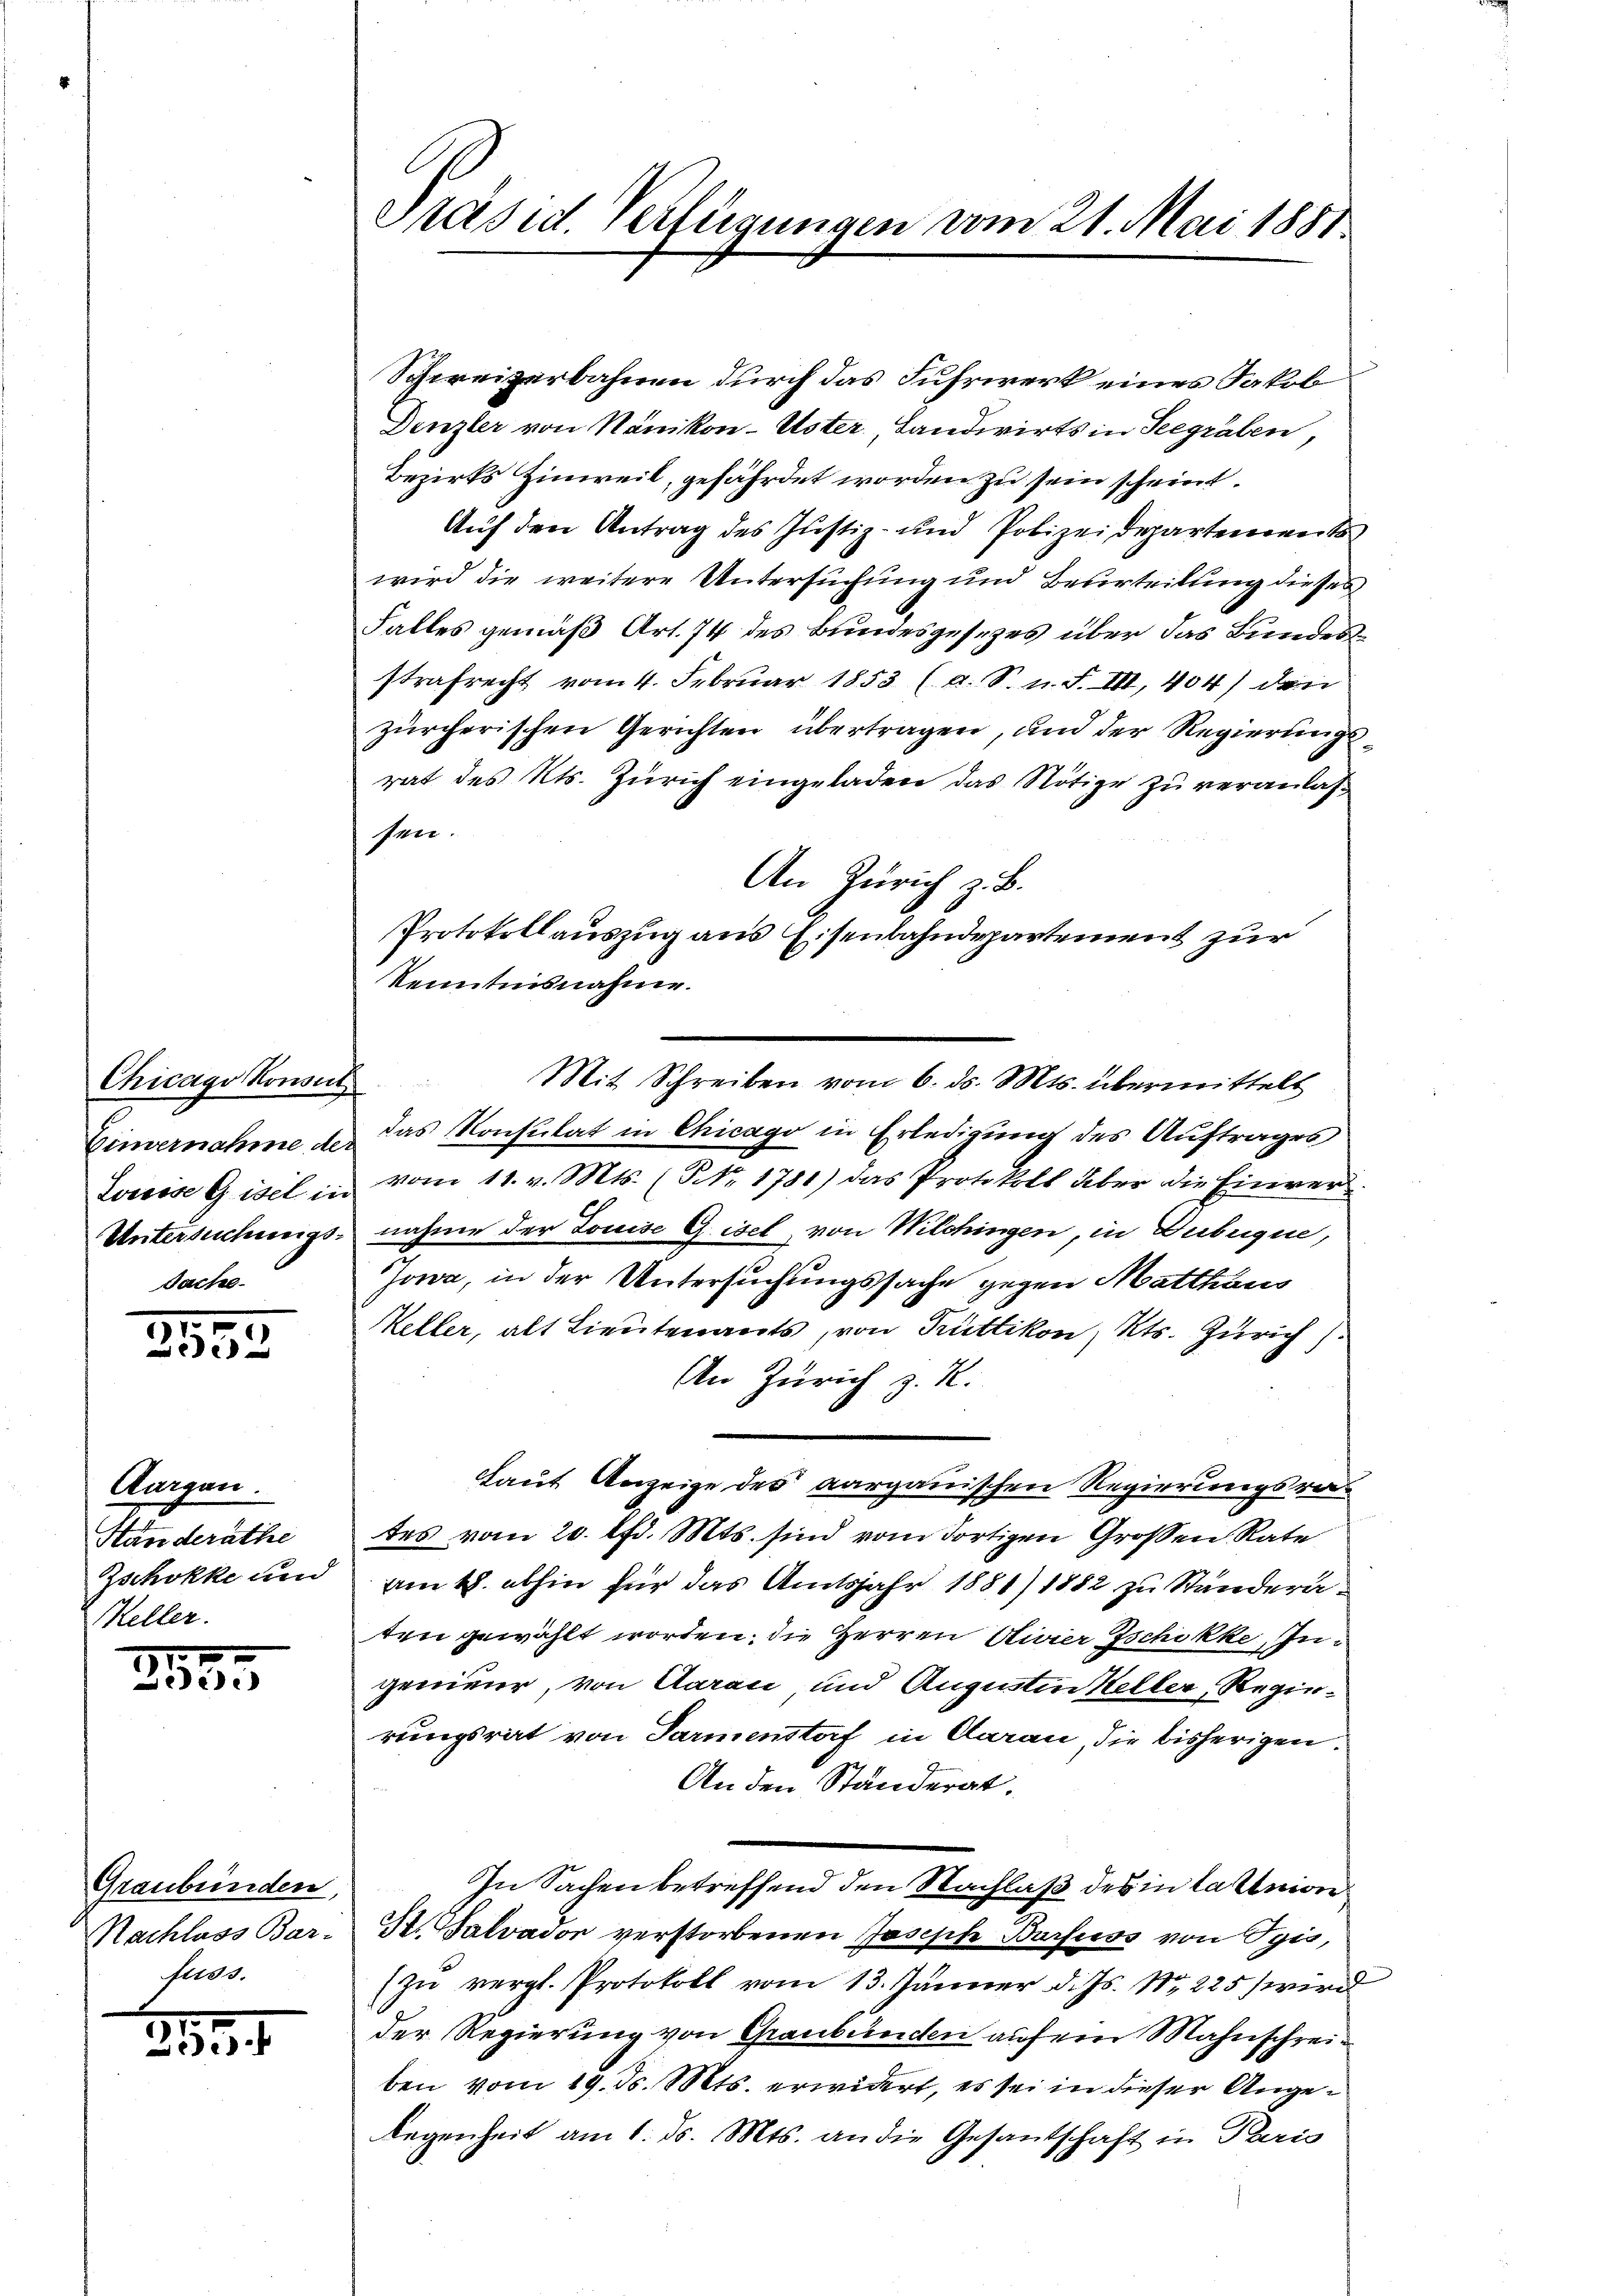
Chicago Konseit
Gimernahme der
Sache.

.
2532

Aargau.
Ständerathe
Zschokke und
Keller.

11
Diese

Graubünden,
Nachlass Bar-
fes.

291. 1

Präsid. Verfügungen vom 21. Mai 1881.

Schweizerbahnen durch das Fuhrwerk eines Jakob
Denzler von Nänikon-Uster Landwirts in Seegräben,
Bezirks Hinweil, gefährdet worden zu sein scheint.
Auf den Antrag des Justiz- und Polizeidepartements
wird die weitere Untersuchung und Beurteilung dieses
Falles gemäß Art. 74 des Bundesgesetzes über das Bundesstrafrecht vom 4. Februar 1853 (d. S. n. F. III, 404) den
zürcherischen Gerichten übertragen, und der Regierungs
rat des Kts. Zürich eingeladen das Nötige zu veranlas¬
Peer.
An Zürich z. B.
Protokollauszug aus Eisenbahndepartement zur
Kenntnisnahme.
Mit Schreiben vom 6. ds. Mts. übermittelt
das Konsulat in Chicago in Erledigung des Auftrages
Louise Gisel in vom 11. v. Mts. (NNo. 1781) das Protokoll aber die Einver¬
Untersuchungs- nahme der Louise Gisel, von Wilchingen, in Dubuque,
Jowa, in der Untersuchungssache gegen Matthaus
Keller, als Lieutenants, von Rüttikon, Kts. Zürich
An Zürich z. R.
Laut Anzeige des aargauischen Regierungsrades vom 20. d. Mts. sind vom dortigen Großen Rate
am 18. abhin für das Amtsjahr 1881) 1882 zu Ständeraten gewählt worden, die Herren Divier Ischikke Ingenieur, von Aarau und Augustin Keller Regierungsrat von Parmenstof in Claran, die bisherigen.
An den Ständerat.
In Sachen betreffend den Nachlaß des in Lastein
N. Salvador verstorbenen Joseph Burfuss von Tgis,
(zu vergl. Protokoll vom 13. Jänner d. Js. No 225 wird
der Regierung von Graubünden aufein Mahnschreiben vom 19. d. Mts. erwidert, es sei in dieser Angelegenheit am 1. d. Mts. an die Gesantschaft in Paris